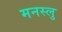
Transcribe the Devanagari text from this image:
मनस्लु